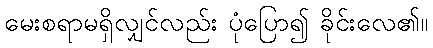
မေးစရာမရှိလျှင်လည်း ပုံပြော၍ ခိုင်းလေ၏။